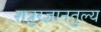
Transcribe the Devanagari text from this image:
शत्रुरज्ञानतुल्य